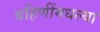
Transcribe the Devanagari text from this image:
बहिणींमधल्या